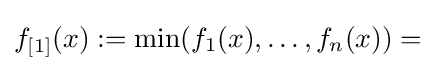
f_{[1]}(x):=\min(f_{1}(x),\ldots ,f_{n}(x))=